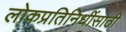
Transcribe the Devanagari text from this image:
लोकप्रतिनिधींसाठी